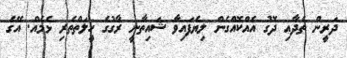
ދަރީން ތެދާއި ދޮގު އެެއްކޮއްގެން ލިޔެފައިވާ ޝައިތާނީ ރާގުގެ ހީލަތްތެރި ޅެމެއް. އޭގެ